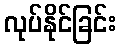
လုပ်နိုင်ခြင်း